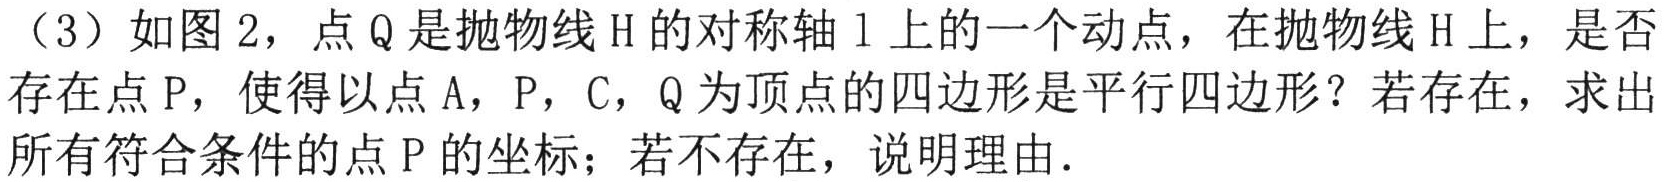
（3）如图2，点Q是抛物线H的对称轴l上的一个动点，在抛物线H上，是否存在点P，使得以点A，P，C，Q为顶点的四边形是平行四边形？若存在，求出所有符合条件的点P的坐标；若不存在，说明理由．